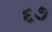
૬૭